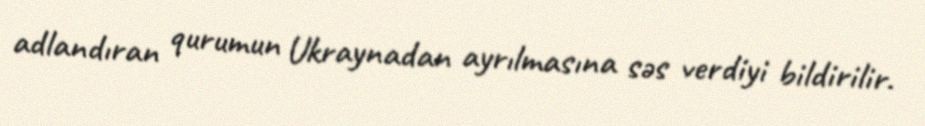
adlandıran qurumun Ukraynadan ayrılmasına səs verdiyi bildirilir.